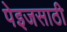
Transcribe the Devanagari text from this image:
पेइजसाठी